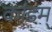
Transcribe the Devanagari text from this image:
कांडम्